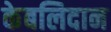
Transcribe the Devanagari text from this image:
केबलिदान